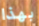
بهذا